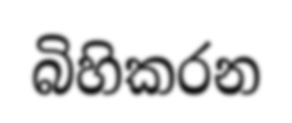
බිහිකරන